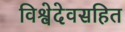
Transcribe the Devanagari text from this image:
विश्वेदेवसहित